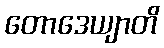
တောဒေယျာတိ